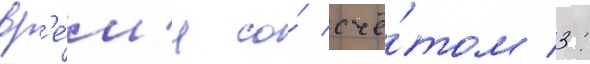
вр'е́м'я со́ счё́том 3: